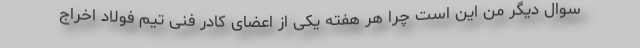
سوال دیگر من این است چرا هر هفته یکی از اعضای کادر فنی تیم فولاد اخراج